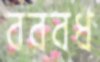
বরবধ